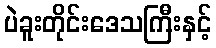
ပဲခူးတိုင်းဒေသကြီးနှင့်